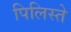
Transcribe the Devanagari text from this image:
पिलिस्ते